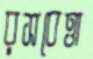
রসবেত্তা